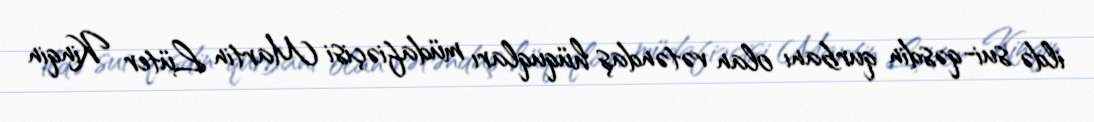
ildə sui-qəsdin qurbanı olan vətəndaş hüquqları müdafiəçisi Martin Lüter Kinqin